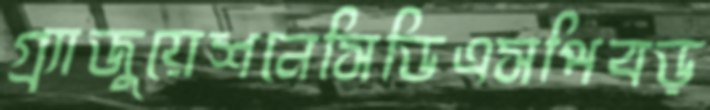
গ্র্যাজুয়েশনেসিডিএসপিবড়